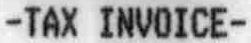
-TAX INVOICE-